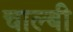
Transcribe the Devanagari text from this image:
चाल्बी